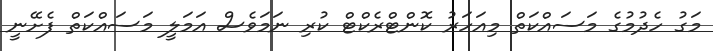
މަގު ހެދުމުގެ މަސައްކަތް މިއަހަރު ކޮންޓްރެކްޓް ކުރި ނަމަވެސް އަމަލީ މަސައްކަތް ފެށޭނީ